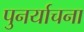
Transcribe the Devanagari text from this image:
पुनर्याचना